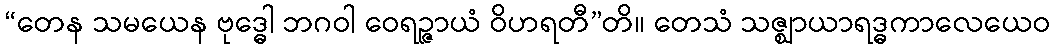
“တေန သမယေန ဗုဒ္ဓေါ ဘဂဝါ ဝေရဉ္ဇာယံ ဝိဟရတီ”တိ။ တေသံ သဇ္ဈာယာရဒ္ဓကာလေယေဝ